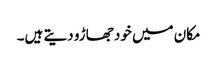
مکان میں خود جھاڑو دیتے ہیں۔